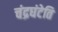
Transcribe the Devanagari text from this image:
चंद्रघंटेति